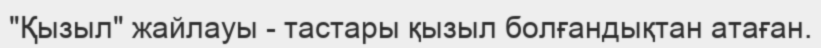
"Қызыл" жайлауы - тастары қызыл болғандықтан атаған.